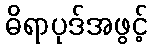
ဓိရာပုဒ်အဖွင့်